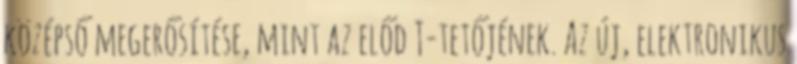
középső megerősítése, mint az előd T-tetőjének. Az új, elektronikus